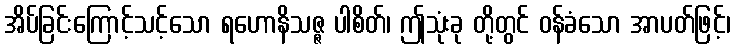
အိပ်ခြင်းကြောင့်သင့်သော ရဟောနိသဇ္ဇ ပါစိတ်၊ ဤသုံးခု တို့တွင် ဝန်ခံသော အာပတ်ဖြင့်၊